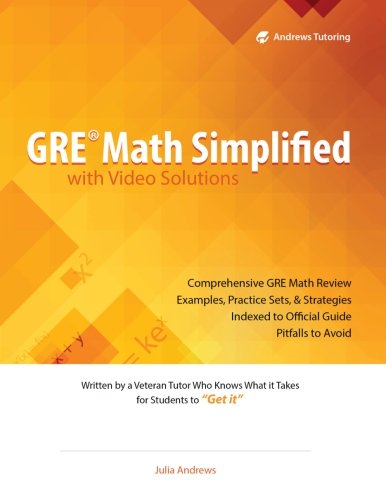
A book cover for GRE Math Simplified with Video Solutions: Written and Explained by a Veteran Tutor Who Knows What it Takes for Students to Get It; Julia Andrews; Test Preparation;